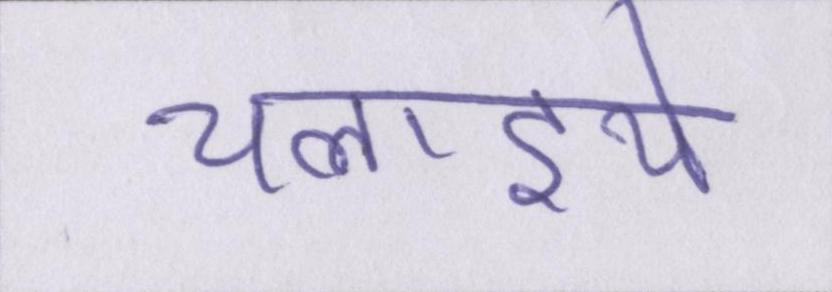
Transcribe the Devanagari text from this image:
चलाइये